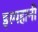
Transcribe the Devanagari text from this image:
इस्पहानी